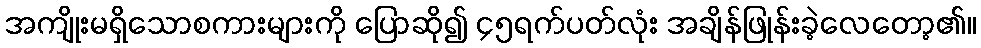
အကျိုးမရှိသောစကားများကို ပြောဆို၍ ၄၅ရက်ပတ်လုံး အချိန်ဖြုန်းခဲ့လေတော့၏။